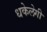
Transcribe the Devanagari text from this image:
धकेलेगी